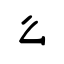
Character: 么